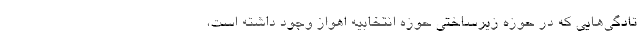
تادگی‌هایی که در حوزه زیرساختی حوزه انتخابیه اهواز وجود داشته است،